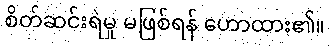
စိတ်ဆင်းရဲမှု မဖြစ်ရန် ဟောထား၏။